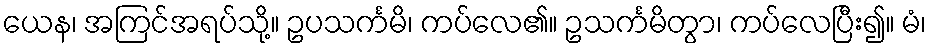
ယေန၊ အကြင်အရပ်သို့။ ဥပသင်္ကမိ၊ ကပ်လေ၏။ ဥသင်္ကမိတွာ၊ ကပ်လေပြီး၍။ မံ၊